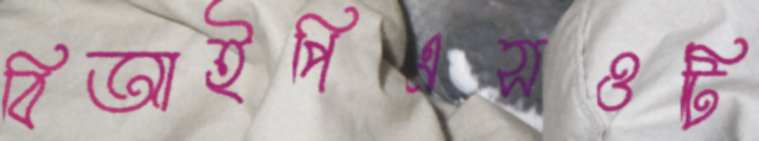
বিআইপিএসওটি